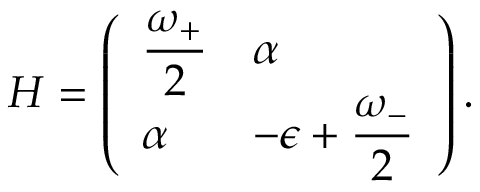
H = \left( \begin{array} { l l } { { \displaystyle { \frac { \omega _ { + } } { 2 } } } } & { { \alpha } } \\ { { \alpha } } & { { \displaystyle - \epsilon + { \frac { \omega _ { - } } { 2 } } } } \end{array} \right) .